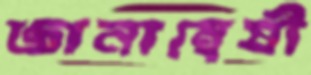
জ্ঞানান্বেষী